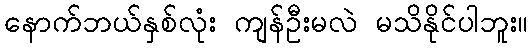
နောက်ဘယ်နှစ်လုံး ကျန်ဦးမလဲ မသိနိုင်ပါဘူး။